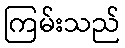
ကြမ်းသည်